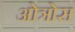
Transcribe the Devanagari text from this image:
ओत्रोस